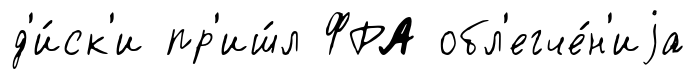
д'и́ск'и пр'иш́л ФРА обл'егче́н'иjа